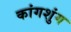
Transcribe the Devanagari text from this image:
कांगशुंग